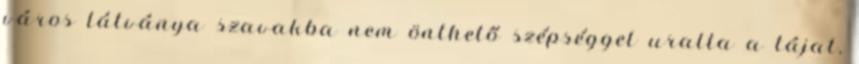
város látványa szavakba nem önthető szépséggel uralta a tájat,